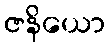
ဇနိယော